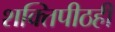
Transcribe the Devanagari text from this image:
शक्तिपीठही